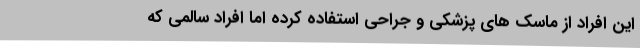
این افراد از ماسک های پزشکی و جراحی استفاده کرده اما افراد سالمی که